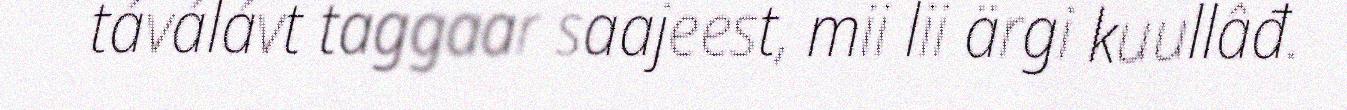
táválávt taggaar saajeest, mii lii ärgi kuullâđ.